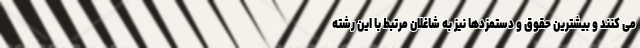
می کنند و بیشترین حقوق و دستمزدها نیز به شاغلان مرتبط با این رشته